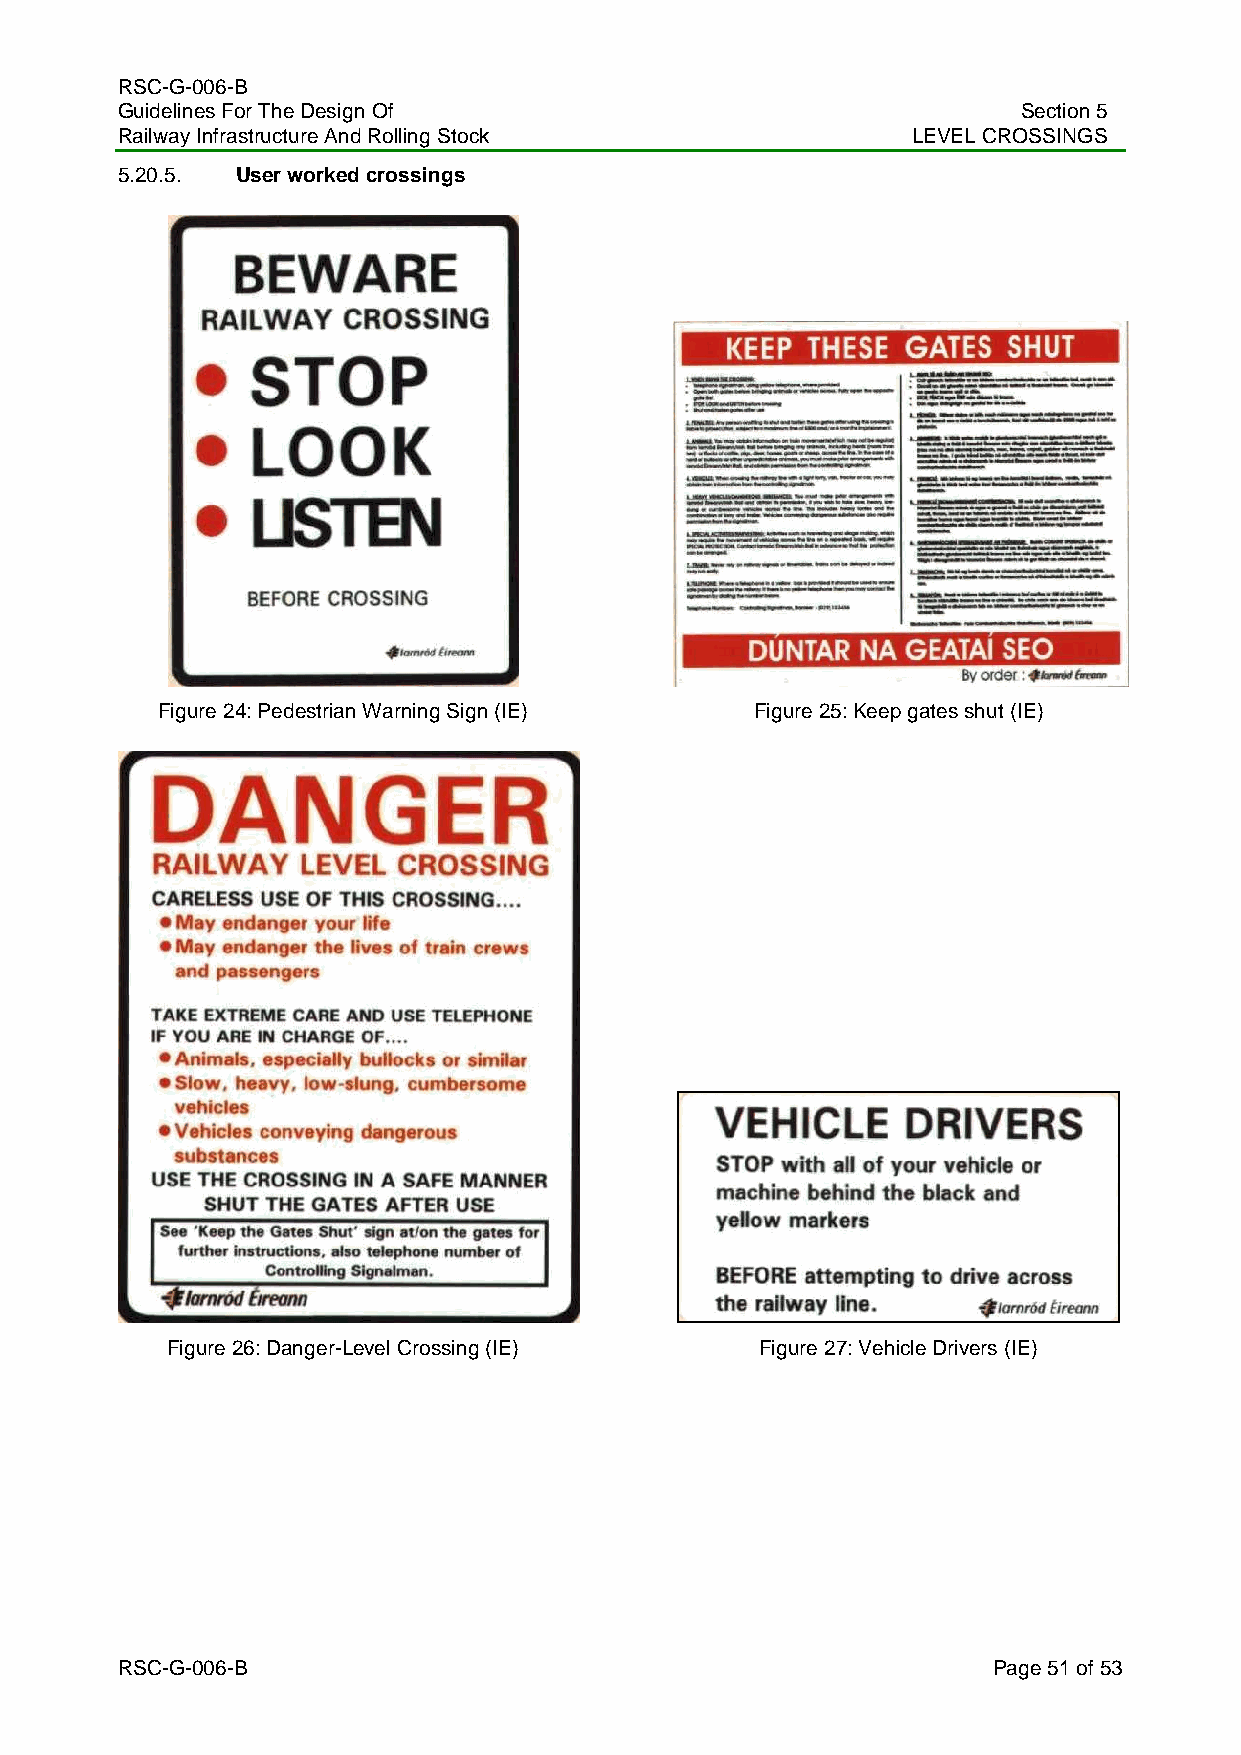
RSC-G-006-B
 Guidelines For The Design Of                                Section 5
 Railway Infrastructure And Rolling Stock            LEVEL CROSSINGS
 5.20.5. User worked crossings
 Figure 24: Pedestrian Warning Sign (IE) Figure 25: Keep gates shut (IE)
 Figure 26: Danger-Level Crossing (IE)  Figure 27: Vehicle Drivers (IE)
 RSC-G-006-B                                               Page 51 of 53